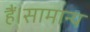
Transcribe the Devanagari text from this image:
हैं।सामान्य